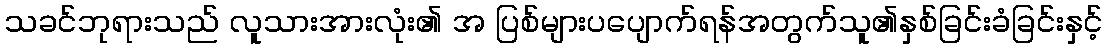
သခင်ဘုရားသည် လူသားအားလုံး၏ အ ပြစ်များပပျောက်ရန်အတွက်သူ၏နှစ်ခြင်းခံခြင်းနှင့်